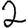
Digit: 2